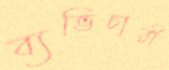
ব্যভিচারী